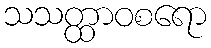
သသတ္ထာဝစရော